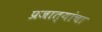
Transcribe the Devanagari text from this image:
प्रजात्यांचा